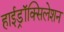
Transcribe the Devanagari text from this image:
हाईड्रॉक्सिलेशन